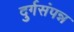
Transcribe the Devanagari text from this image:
दुर्गसंपन्न